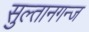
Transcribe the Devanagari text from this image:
सुल्तानगन्ज